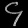
Digit: ၄